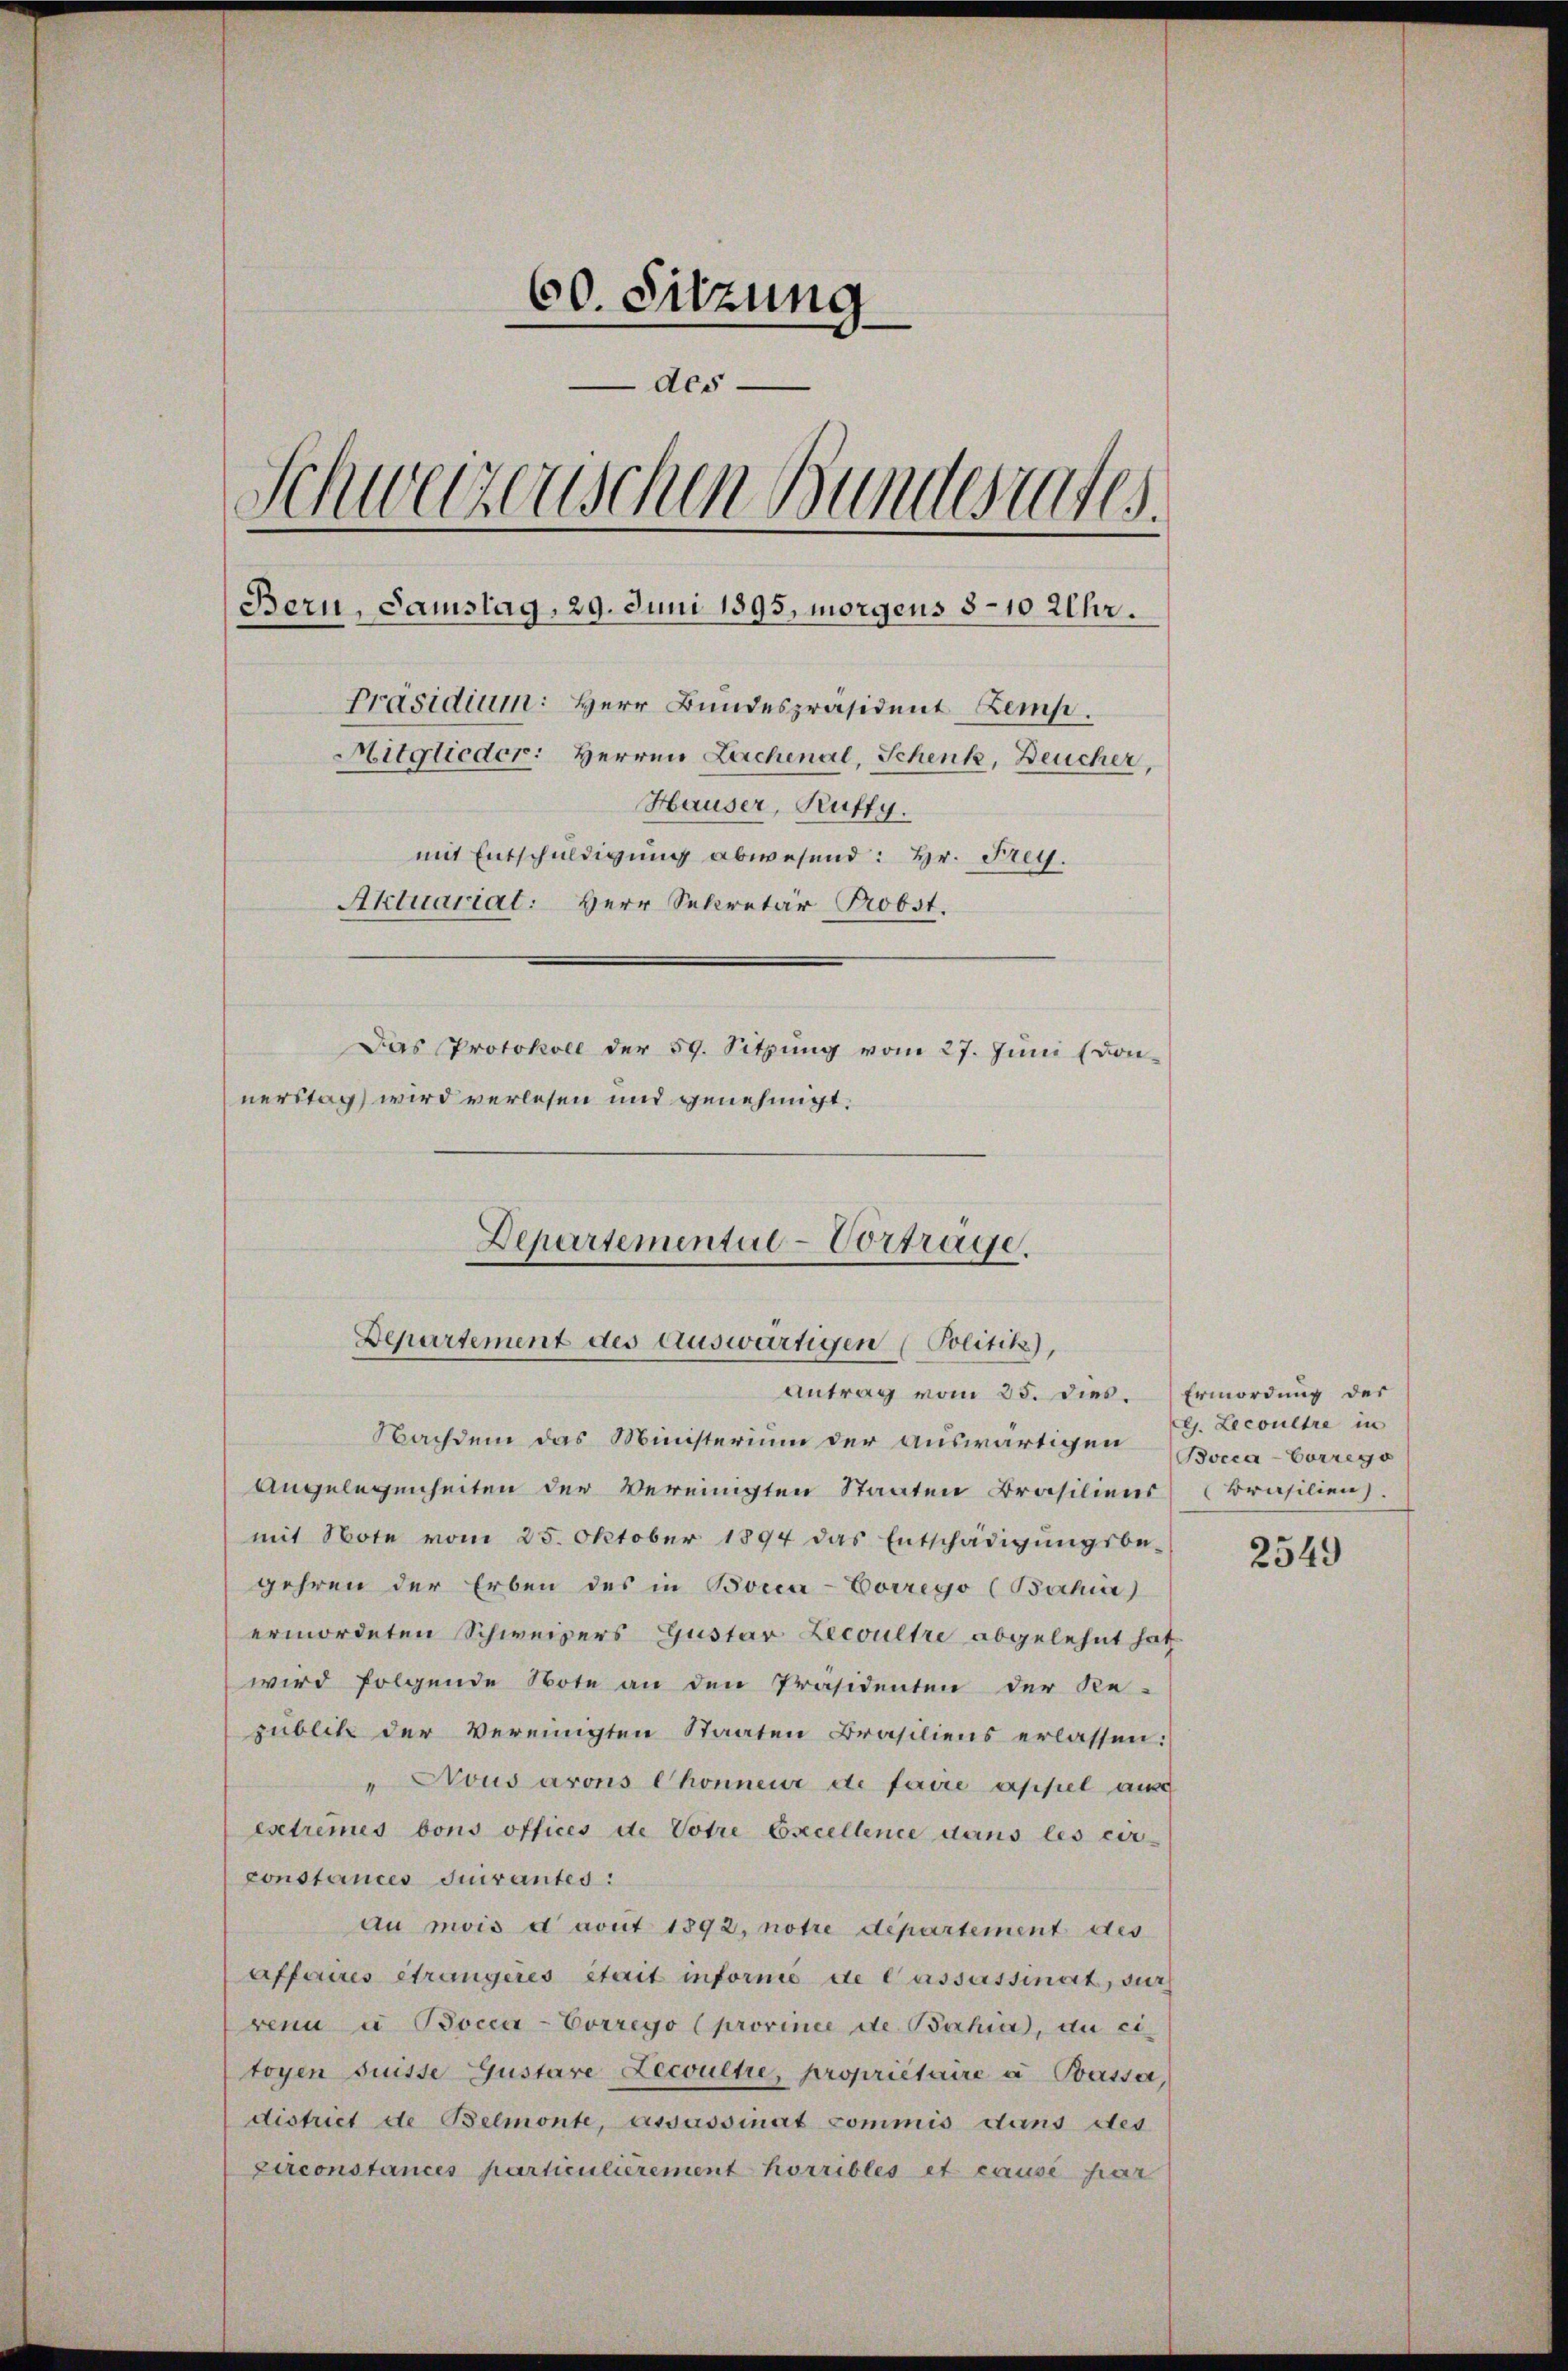
60. Sitzung
Aco¬
Schweizerischen Bundesrates.
Bern, Samstag, 29. Juni 1895, morgens 8-10 Uhr.
Präsidium: Herr Bundespräsident Lemp.
Mitglieder: Herren Lachenal, Schenk, Deucher,
Hauser, Kuffy.
mit Entschuldigung abwesend: Hr. Frey.
Aktuariat: Herr Secretär Probst.
Das Protokoll der 59. Sitzung vom 27. Juni (Donnerstag wird verlesen und genehmigt.

Departemental-Vortrage.
Departement des Auswärtigen (Politik),
Antrag vom 25. dies. Ermordung der

Nachdem das Ministerium der auswärtigen Bocca-Correge
Angelegenheiten der Vereinigten Staaten Brasiliens Brasilien).
mit Note vom 25. Oktober 1894 das Entschädigŭngsbe-
gehren der Erben des in Borca-Corrego (Bahia)
ermordeten Schweisers Gustar Lecoultre abgelehnt hat
wird folgende Note an den Präsidenten der Re-
zublik der Vereinigten Staaten Brasiliens erlassen:
" Nous arons Chonneur de faire appel aus
extremes bons offices de Votre Excellence dans les cir-
constances Quirantes:
au mois davit 1892, notre departement des
Affaires étrangeres Stait informe de Cassassinat, sich
venu u Bocca-Correyo (province de Bahia, du eitoyen Suisse Gustare Lecoultre, propriétaire à Bassa,
district de Belmonte, assussinat commis dans des
zirconstances particulierement horribles et causé par

e. Lecoultre in

2549